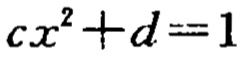
\(cx^{2}+d = 1\)